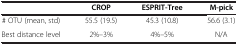
<table><thead><tr><td><b> </b></td><td><b>CROP</b></td><td><b>ESPRIT-Tree</b></td><td><b>M-pick</b></td></tr></thead><tbody><tr><td># OTU (mean, std)</td><td>55.5 (19.5)</td><td>45.3 (10.8)</td><td>56.6 (3.1)</td></tr><tr><td>Best distance level</td><td>2%–3%</td><td>4%–5%</td><td>N/A</td></tr></tbody></table>